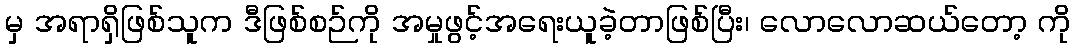
မှ အရာရှိဖြစ်သူက ဒီဖြစ်စဉ်ကို အမှုဖွင့်အရေးယူခဲ့တာဖြစ်ပြီး၊ လောလောဆယ်တော့ ကို